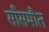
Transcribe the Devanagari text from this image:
साँसमौत